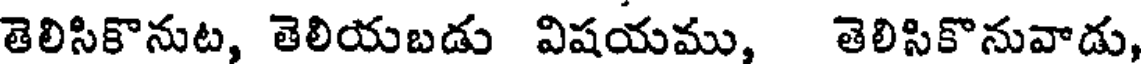
తెలిసికొనుట, తెలియబడు విషయము, తెలిసికొనువాడు,